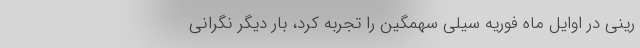
رینی در اوایل ماه فوریه سیلی سهمگین را تجربه کرد، بار دیگر نگرانی